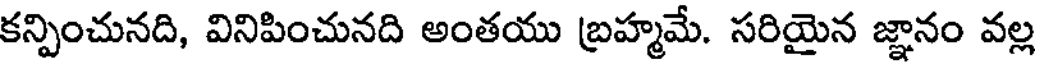
కన్పించునది, వినిపించునది అంతయు బ్రహ్మమే. సరియైన జ్ఞానం వల్ల